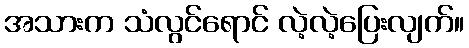
အသားက သံလွင်ရောင် လဲ့လဲ့ပြေးလျက်။